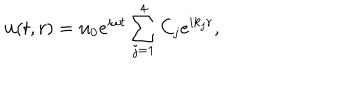
{ \bf u } ( t , r ) = { \bf u } _ { 0 } e ^ { i \omega t } \sum _ { j = 1 } ^ { 4 } C _ { j } e ^ { i k _ { j } r } ,